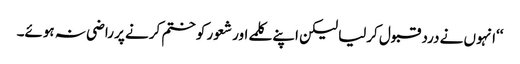
‘‘انہوں نے درد قبول کرلیا لیکن اپنے کلمے اور شعور کو ختم کرنے پر راضی نہ ہوئے۔